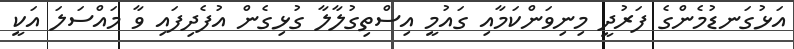
އަޅުގަނޑުމެންގެ ފަރުދީ މިނިވަންކަމާއި ގައުމީ އިސްތިގުލާލާ ގުޅިގެން އުފެދިފައި ވާ މައްސަލަ އަކީ